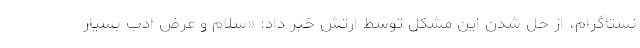
نستاگرام، از حل شدن این مشکل توسط ارتش خبر داد: «سلام و عرض ادب بسیار